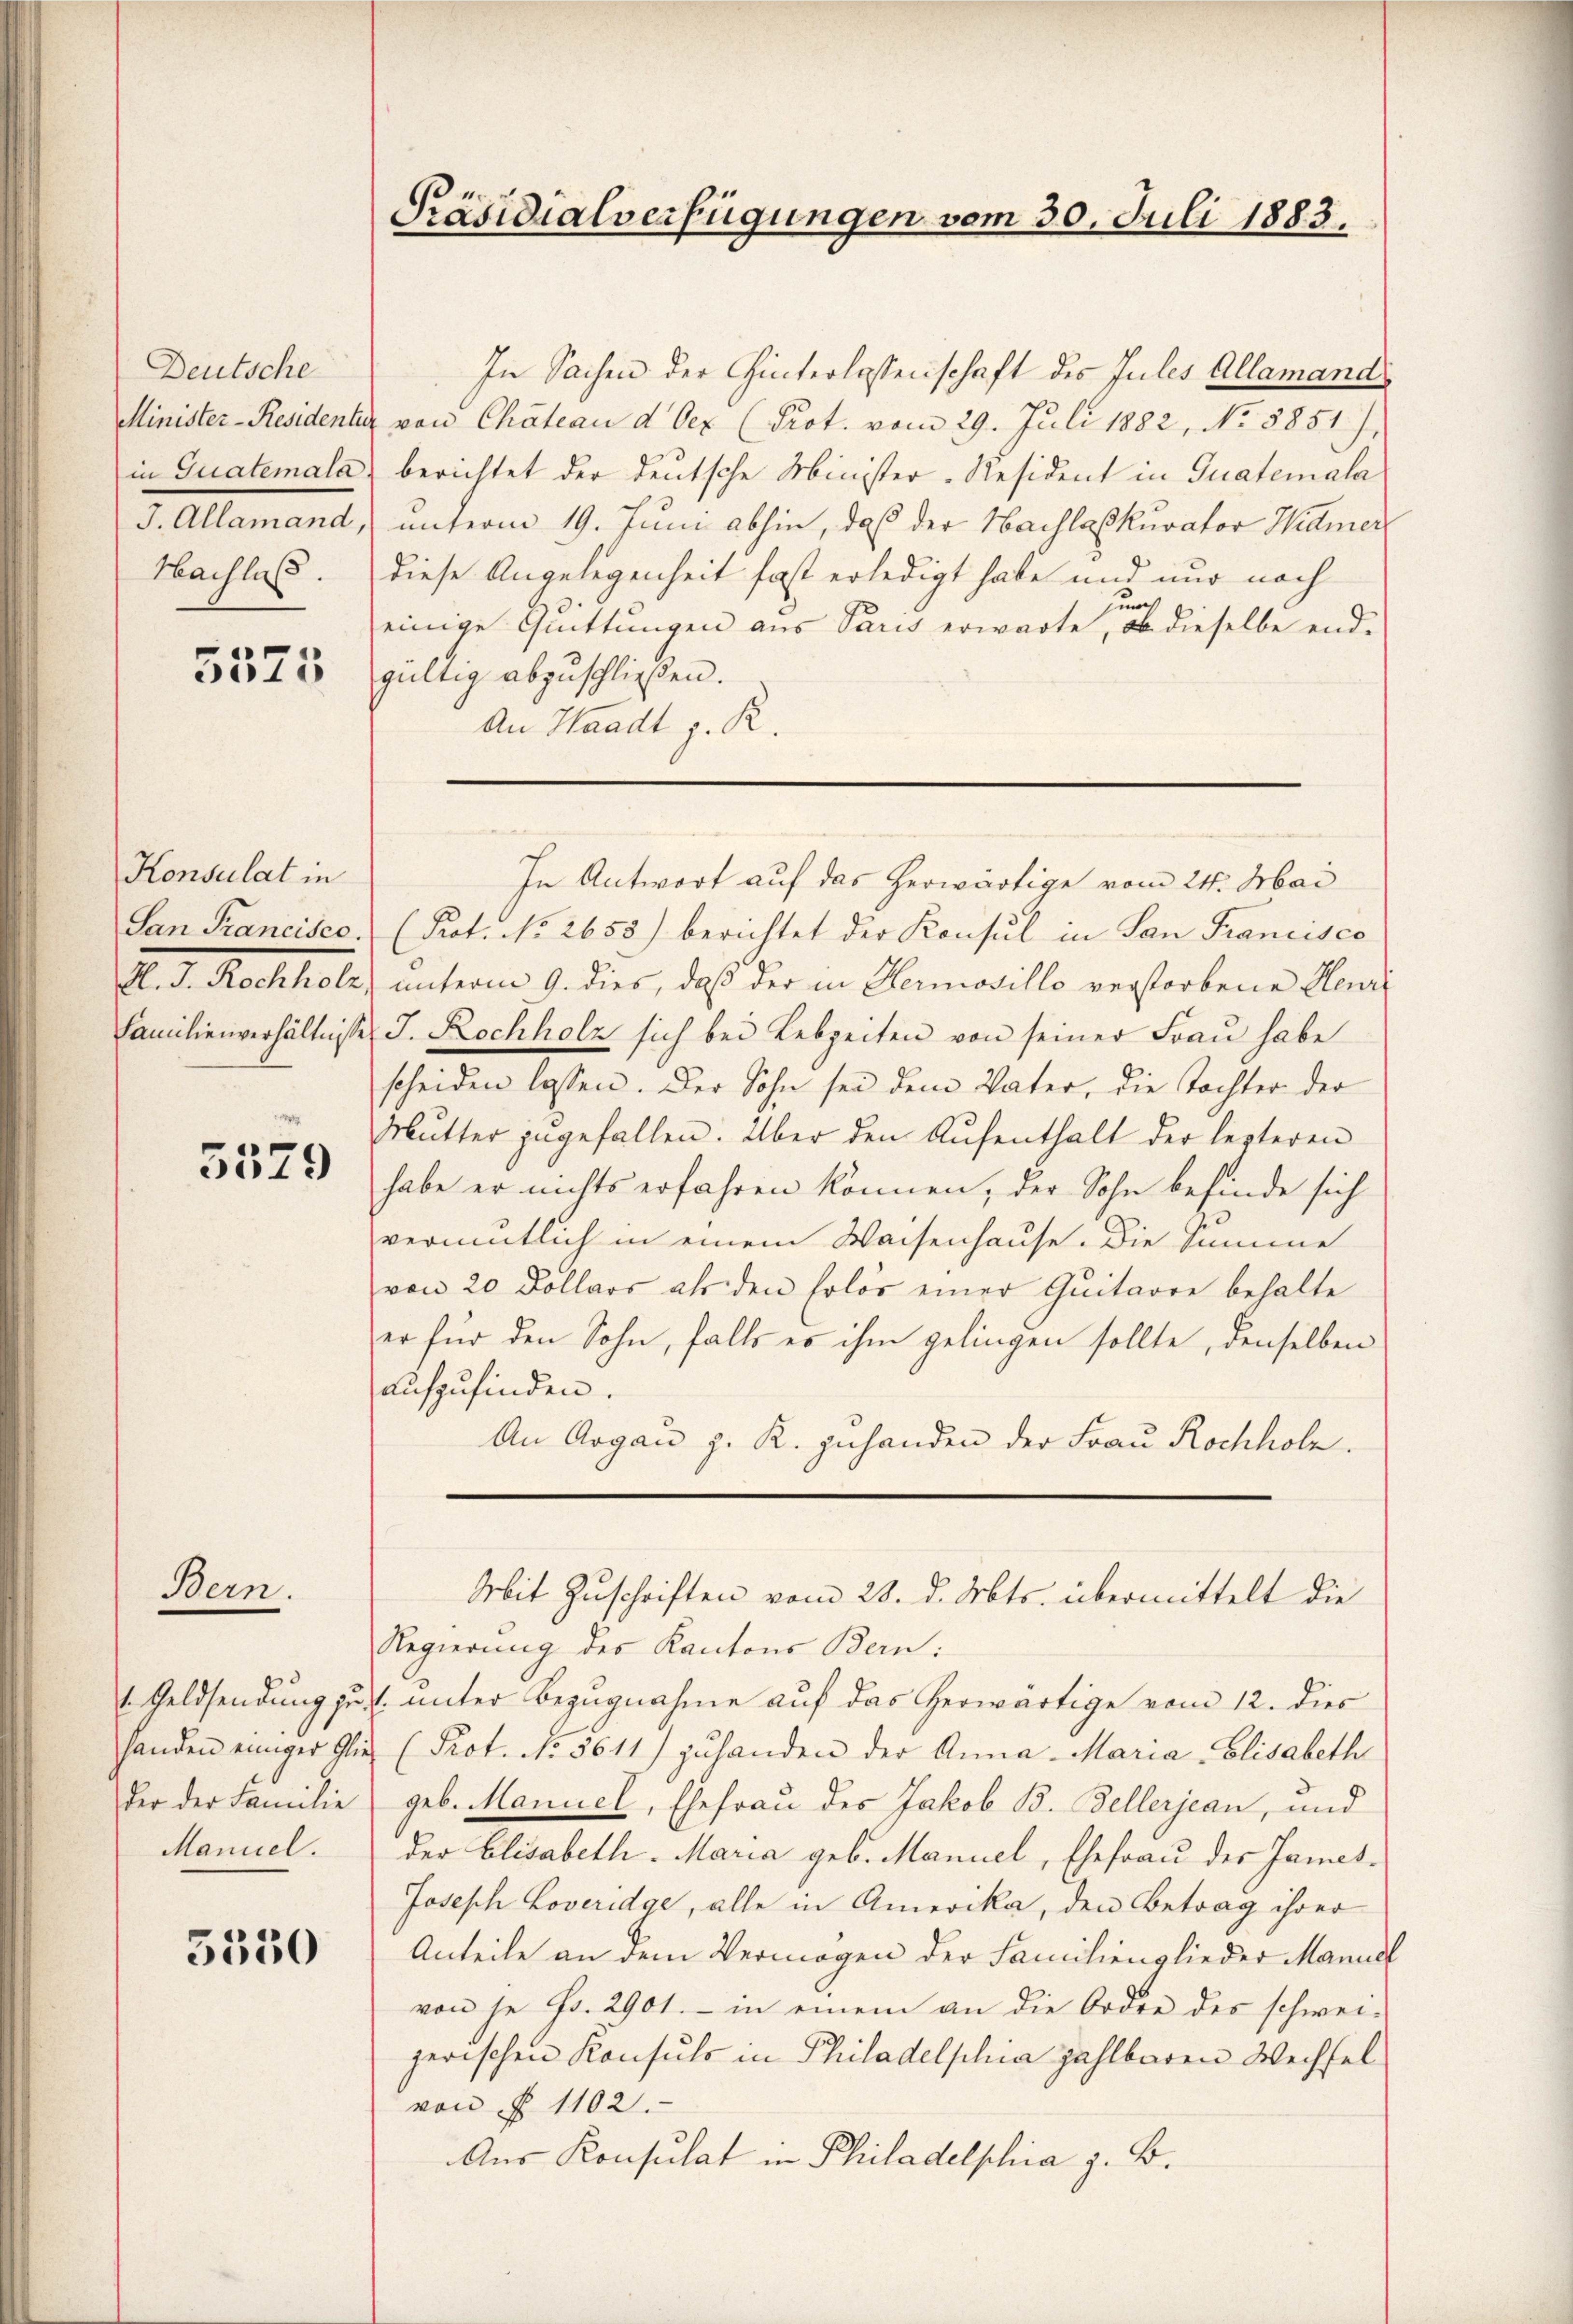
Deutsche
in Guatemala
J. Allamand,
Hachluss.

5575

Konsulat in
San Francisco
S. D. Rechtete
Familienverhältnisse

5579

Bern.

handen einiger Glieder der Familie
Manuel.

5350

Präsidialverfügungen vom 30. Juli 1883.

In Sachen der Hinterlassenschaft des Jules Allamands
Minister-Residenter von Chateau d Oex (Prot. vom 29. Juli 1882, No. 5851),
berichtet der deutsche Minister-Resident in Guatemala
unterm 19. Juni abhin, daß der Nachlaskurator Widmer
diese Angelegenheit fast erledigt habe und nur nach
jun
einige Quittungen aus Paris erwarte, ob dieselbe end-
gültig abzuschließen.
An Waadt z. R.
(Prot. No 2655) berichtet der Konsul in San Francisco
unterm 9. dies, daß der in Hermosillo verstorbene Henri
J. Rochholz sich bei Lebzeiten von seiner Frau habe
scheiden lassen. Der Sohn sei dem Vater, die Tochter der
Mŭtter zŭgefallen. Über den Aŭfenthalt der lezteren
habe er nichts erfahren können, der Sohn befinde sich
vermutlich in einem Waisenhause. Die Summe
von 20 Dollars als den Erlös einer Quitarre behalte
er für den Sohn, falls es ihm gelingen sollte, denselben
aufzufinden.
An Argau z. R. zuhanden der Frau Rochhole.
Mit Zuschriften vom 28. d. Mts. übermittelt die
Regierung des Kantons Bern:
1. Geldsendung zu unter Bezugnahme auf das herwärtige vom 12. dies
(Prot. No 5611) zuhanden der Anna - Maria Elisabeth
geb. Manuel, Ehefrau des Jakob B. Bellerjean, und
der Elisabeth. Maria geb. Manuel, Ehefrau der James¬
Joseph Loveridge, alle in Amerika, den Betrag ihrer
Anteile an dem Vermögen der Familienglieder Manuel
von je Fr. 2901.- in einem an die Ordre des schwei-
jerischen Konsuls in Philadelphia zahlbaren Wechsel
von § 1102.
Aus Konsulat in Philadelphia z. B.

In Antwort auf das herwärtige vom 24. Mai